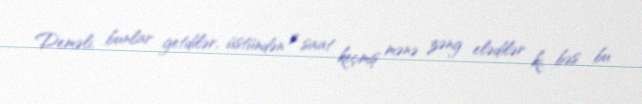
Deməli, bunlar getdilər, üstündən 2 saat keçmiş mənə zəng elədilər ki, bəs bu